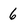
Character: 6